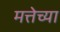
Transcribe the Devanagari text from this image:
मत्तेच्या